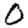
Digit: 0